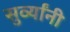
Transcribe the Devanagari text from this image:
सुर्व्यांनी